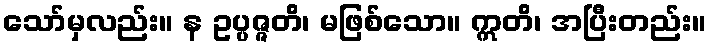
သော်မှလည်း။ န ဥပ္ပဇ္ဇတိ၊ မဖြစ်သော။ ဣတိ၊ အပြီးတည်း။